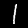
Label: 1